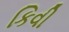
કિવી